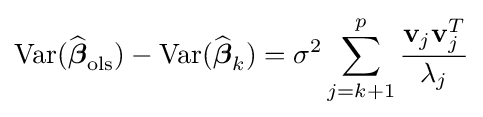
\operatorname {Var} ({\widehat {\boldsymbol {\beta }}}_{\mathrm {ols} })-\operatorname {Var} ({\widehat {\boldsymbol {\beta }}}_{k})=\sigma ^{2}\sideset {}{}\sum _{j=k+1}^{p}{\frac {\mathbf {v} _{j}\mathbf {v} _{j}^{T}}{\lambda _{j}}}